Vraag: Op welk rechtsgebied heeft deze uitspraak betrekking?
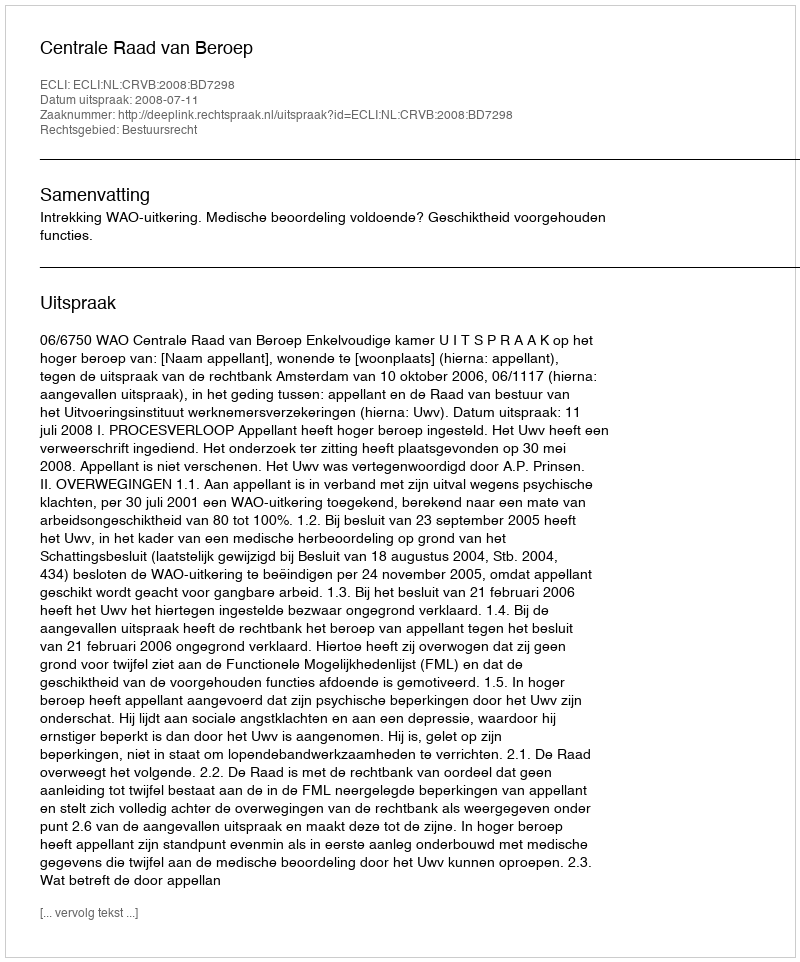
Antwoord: Bestuursrecht